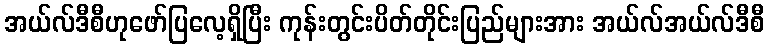
အယ်လ်ဒီစီဟုဖော်ပြလေ့ရှိပြီး ကုန်းတွင်းပိတ်တိုင်းပြည်များအား အယ်လ်အယ်လ်ဒီစီ